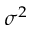
\sigma ^ { 2 }